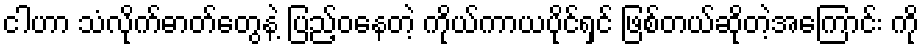
ငါဟာ သံလိုက်ဓာတ်တွေနဲ့ ပြည့်ဝနေတဲ့ ကိုယ်ကာယပိုင်ရှင် ဖြစ်တယ်ဆိုတဲ့အကြောင်း ကို